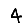
Digit: 4